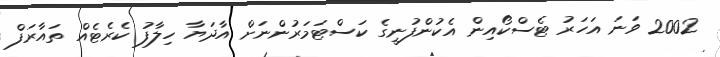
2002 ވަނަ އަހަރު ޓެސްކޯއިން އެކުންފުނީގެ ކަސްޓަމަރުންނަށް އާދަޔާ ހިލާފު ކެރެޓެއް ތައާރަފް